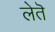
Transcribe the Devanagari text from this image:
लेतॆ